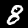
Label: 8